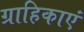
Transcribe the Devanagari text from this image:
ग्राहिकाएं